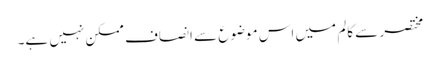
مختصر سے کالم میں اس موضوع سے انصاف ممکن نہیں ہے۔